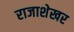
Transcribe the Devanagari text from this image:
राजाशेखर